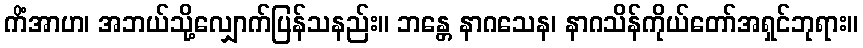
ကိံအာဟ၊ အဘယ်သို့လျှောက်ပြန်သနည်း။ ဘန္တေ နာဂသေန၊ နာဂသိန်ကိုယ်တော်အရှင်ဘုရား။